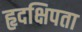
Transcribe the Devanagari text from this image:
हृदक्षिपता